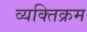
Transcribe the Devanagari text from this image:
व्यक्तिक्रम